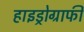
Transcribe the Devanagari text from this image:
हाइड्रोग्राफी